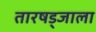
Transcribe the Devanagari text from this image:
तारषड्जाला